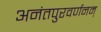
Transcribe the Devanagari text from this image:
अनंतपुरवर्णनम्